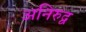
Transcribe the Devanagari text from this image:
अनिरुद्व